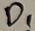
Text: D1